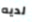
لديه